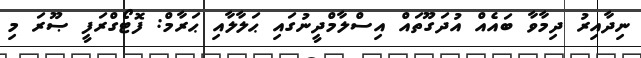
ނިދާއިރު ދިމާވާ ބައެއް އުދަގޫތައް އިސްލާމްދީނުގައި ޙަލާލާއި ޙަރާމް: ފޮޓޯގްރަފީ ޞޫރަ މި